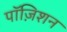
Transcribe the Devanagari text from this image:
पॉज़िशन